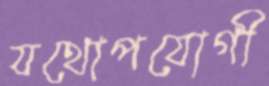
যথোপযোগী